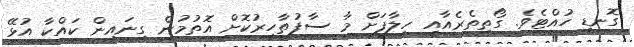
ގޮނޑި ހުއްޓެވެ. ގޯތިތެރެއާއި ހިލާފަށް މާ ސާފުތާހިރުކޮށް އޮތުމުން ގިނައިން ކައްކާ އުޅޭ